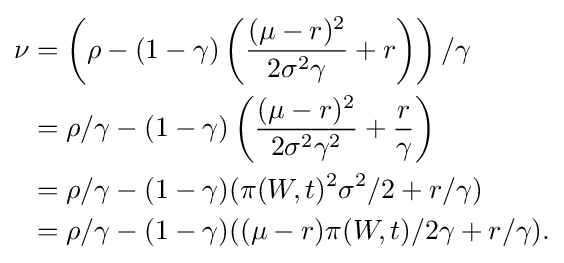
{\begin{aligned}\nu &=\left(\rho -(1-\gamma )\left({\frac {(\mu -r)^{2}}{2\sigma ^{2}\gamma }}+r\right)\right)/\gamma \\&=\rho /\gamma -(1-\gamma )\left({\frac {(\mu -r)^{2}}{2\sigma ^{2}\gamma ^{2}}}+{\frac {r}{\gamma }}\right)\\&=\rho /\gamma -(1-\gamma )(\pi (W,t)^{2}\sigma ^{2}/2+r/\gamma )\\&=\rho /\gamma -(1-\gamma )((\mu -r)\pi (W,t)/2\gamma +r/\gamma ).\end{aligned}}